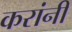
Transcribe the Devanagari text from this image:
करांनी